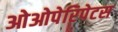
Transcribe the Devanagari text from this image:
ओओपेरिपेटस